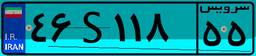
۴۶S۱۱۸۵۵